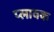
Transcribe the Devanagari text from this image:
प्लावक